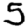
Digit: 5